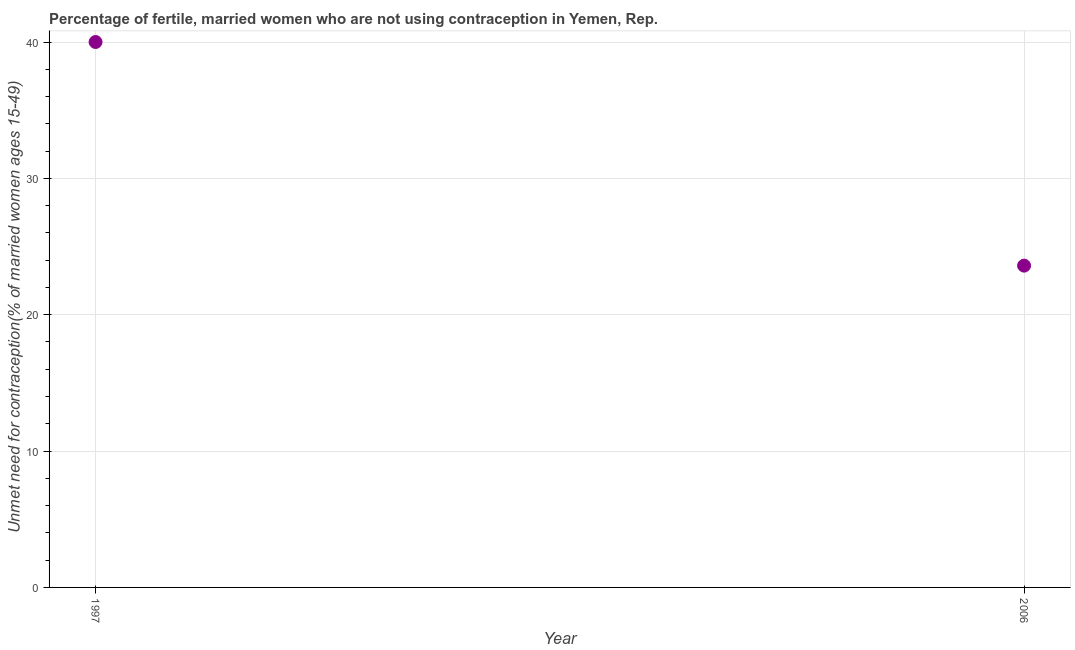
| Year | Unmet need for contraception |
 | --- | --- |
 | 1997 | 40 |
 | 2006 | 23.6 |